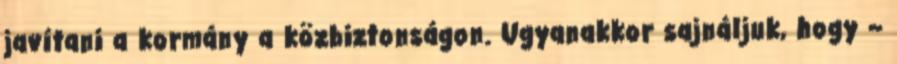
javítani a kormány a közbiztonságon. Ugyanakkor sajnáljuk, hogy –